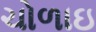
ચોળાઇ